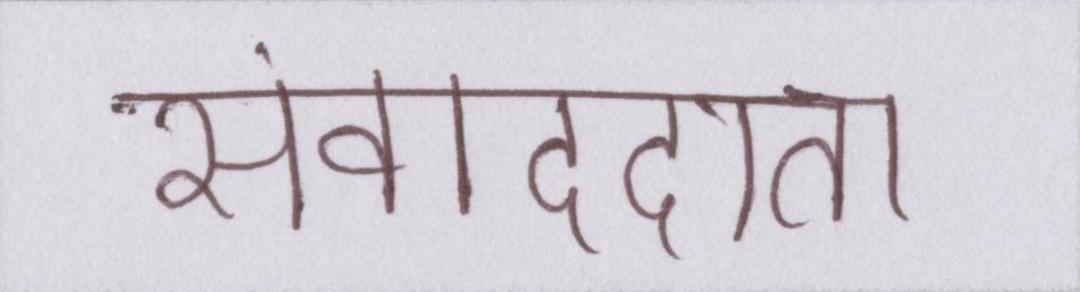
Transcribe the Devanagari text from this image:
संवाददाता